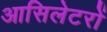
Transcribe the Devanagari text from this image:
आसिलेटरों